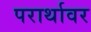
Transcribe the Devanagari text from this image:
परार्थावर